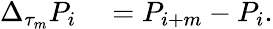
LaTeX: \begin{array}{rl}{\Delta_{\tau_{m}}P_{i}}&{{}=P_{i+m}-P_{i}.}\end{array}